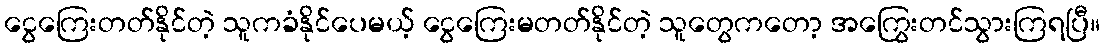
ငွေကြေးတတ်နိုင်တဲ့ သူကခံနိုင်ပေမယ့် ငွေကြေးမတတ်နိုင်တဲ့ သူတွေကတော့ အကြွေးတင်သွားကြရပြီ။